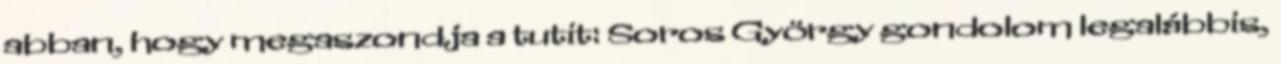
abban, hogy megaszondja a tutit: Soros György gondolom legalábbis,